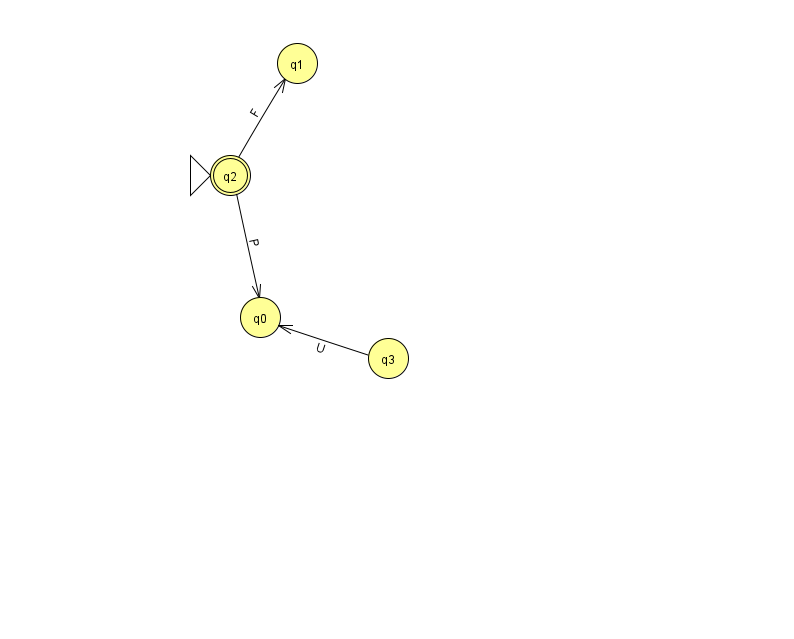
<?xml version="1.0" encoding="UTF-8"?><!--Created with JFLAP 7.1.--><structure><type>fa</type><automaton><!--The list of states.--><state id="0" name="q0"><x>260.0</x><y>304.0</y></state><state id="1" name="q1"><x>297.0</x><y>50.0</y></state><state id="2" name="q2"><x>230.0</x><y>162.0</y><initial/><final/></state><state id="3" name="q3"><x>388.0</x><y>345.0</y></state><!--The list of transitions.--><transition><from>2</from><to>1</to><read>F</read></transition><transition><from>2</from><to>0</to><read>P</read></transition><transition><from>3</from><to>0</to><read>U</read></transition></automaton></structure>